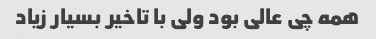
همه چی عالی بود ولی با تاخیر بسیار زیاد